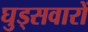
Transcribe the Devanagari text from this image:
घुड्सवारों